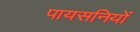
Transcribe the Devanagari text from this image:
पायसनियों